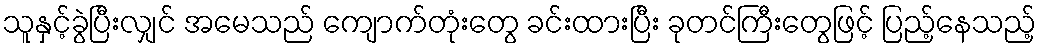
သူနှင့်ခွဲပြီးလျှင် အမေသည် ကျောက်တုံးတွေ ခင်းထားပြီး ခုတင်ကြီးတွေဖြင့် ပြည့်နေသည့်